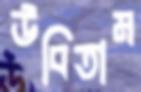
উবিতাম